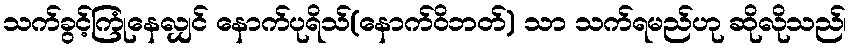
သက်ခွင့်ကြုံနေလျှင် နောက်ပုရိသ်(နောက်ဝိဘတ်) သာ သက်ရမည်ဟု ဆိုလိုသည်၊